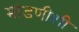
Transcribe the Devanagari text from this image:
मांडणीशी